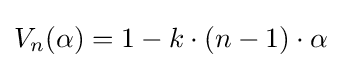
V_{n}(\alpha )=1-k\cdot (n-1)\cdot \alpha